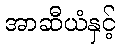
အာဆီယံနှင့်